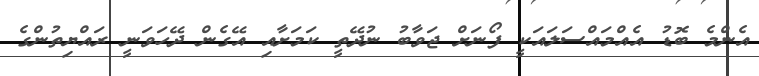
އެންމެ ބޮޑު އެއްމައްސަލައަކީ ފޯނަށް ޖަވާބު ނުދޭތީ ކަމަށާއި އޭގެން ދޭހަވަނީ ރައްޔިތުންގެ